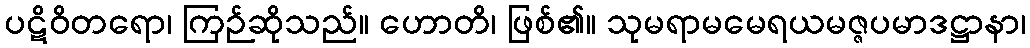
ပဋိဝိတရော၊ ကြဉ်ဆိုသည်။ ဟောတိ၊ ဖြစ်၏။ သုမရာမမေရယမဇ္ဇပမာဒဋ္ဌာနာ၊